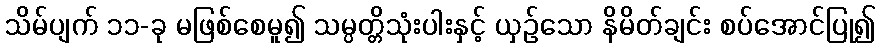
သိမ်ပျက် ၁၁-ခု မဖြစ်စေမူ၍ သမ္ပတ္တိသုံးပါးနှင့် ယှဉ်သော နိမိတ်ချင်း စပ်အောင်ပြု၍